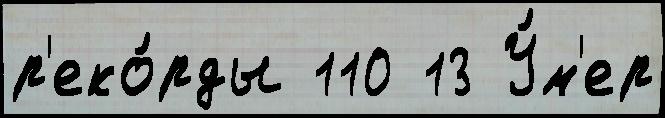
р'еко́рды 110 13 У́м'ер